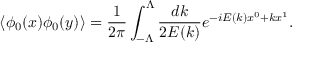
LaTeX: \langle \phi _ { 0 } ( x ) \phi _ { 0 } ( y ) \rangle = \frac { 1 } { 2 \pi } \int _ { - \Lambda } ^ { \Lambda } \frac { d k } { 2 E ( k ) } e ^ { - i E ( k ) x ^ { 0 } + k x ^ { 1 } } .